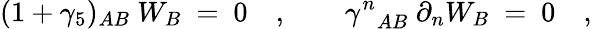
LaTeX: (1+\gamma_{5})_{AB}\ W_{B}\ =\ 0\quad,\qquad{\gamma^{n}}_{AB}\ \partial_{n}W_{B}\ =\ 0\quad,